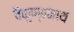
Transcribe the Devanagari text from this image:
वैकुण्ठनाथ